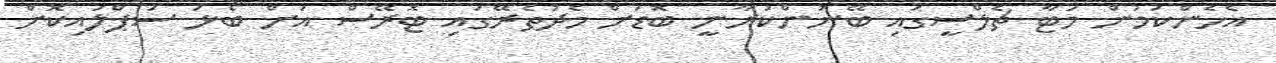
އެހެންކަމުން މަޓާ ޗެލްސީގައި ބޭނުންކުރާނީ ބޮޑަށް މެދުތެރޭގައި ޓޮރޭސް އަށް ބޯޅަ ސަޕްލައިކޮށް